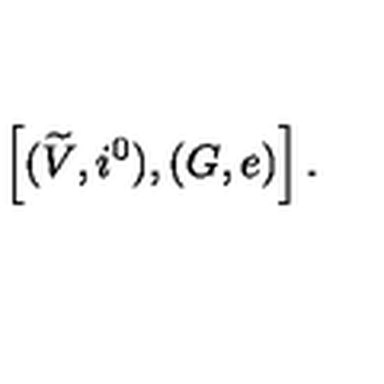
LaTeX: \left[ ( \widetilde { V } , i ^ { 0 } ) , ( G , e ) \right] .